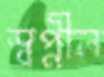
স্বপ্নীল